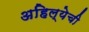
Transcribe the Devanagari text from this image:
अहिल्येची